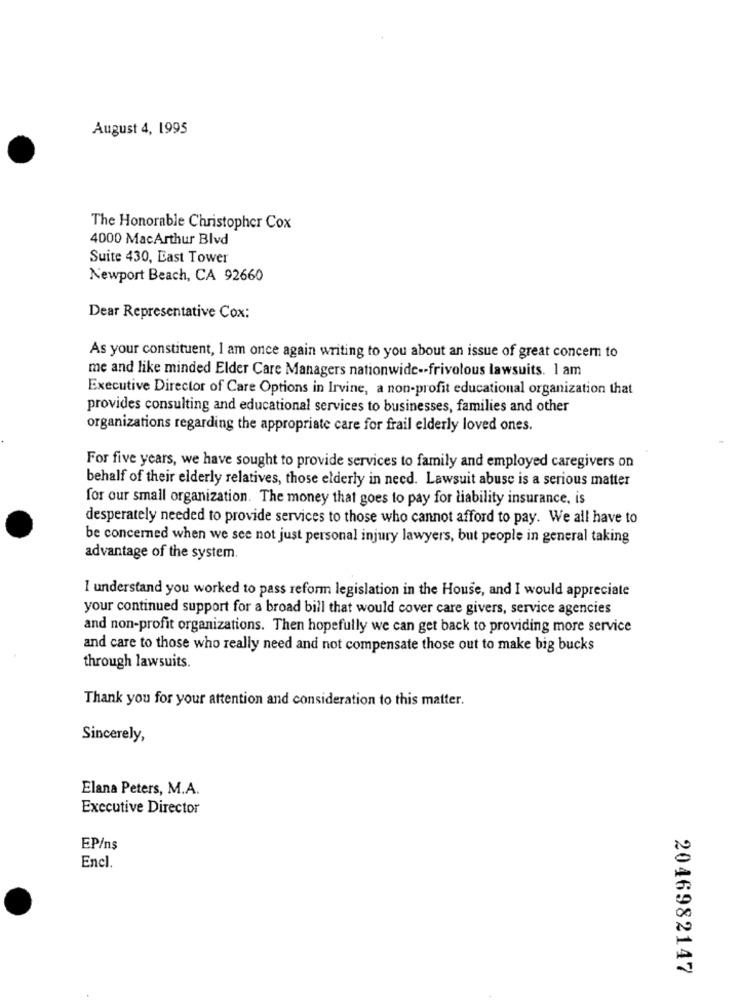
August 4, 1995
The Honorable Christopher Cox
4000 MacArthur Blvd
Suite 430, East Tower
Newport Beach, CA 92660
Dear Representative Cox:
As your constituent, I am once again writing to you about an issue of great concern to
me and like minded Elder Care Managers nationwide -- frivolous lawsuits. 1 am
Executive Director of Care Options in Irvine, a non-profit educational organization that
provides consulting and educational services to businesses, families and other
organizations regarding the appropriate care for frail elderly loved ones.
For five years, we have sought to provide services to family and employed caregivers on
behalf of their elderly relatives, those elderly in need. Lawsuit abuse is a serious matter
for our small organization. The money that goes to pay for liability insurance, is
desperately needed to provide services to those who cannot afford to pay. We all have to
be concerned when we see not just personal injury lawyers, but people in general taking
advantage of the system.
I understand you worked to pass reform legislation in the House, and I would appreciate
your continued support for a broad bill that would cover care givers, service agencies
and non-profit organizations. Then hopefully we can get back to providing more service
and care to those who really need and not compensate those out to make big bucks
through lawsuits.
Thank you for your attention and consideration to this matter.
Sincerely,
Elana Peters, M.A.
Executive Director
EP/ns
Encl.
2046982147